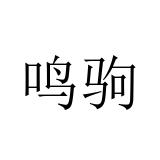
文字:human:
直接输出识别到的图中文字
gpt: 鸣驹